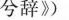
兮辞》